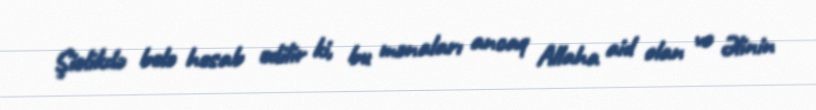
Şiəlikdə belə hesab edilir ki, bu mənaları ancaq Allaha aid olan və Əlinin